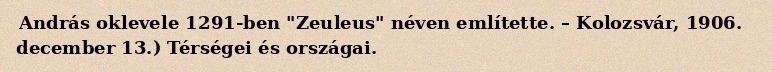
András oklevele 1291-ben "Zeuleus" néven említette. – Kolozsvár, 1906. december 13.) Térségei és országai.